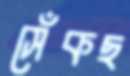
সেঁকছ